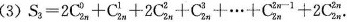
(3)$$S _ { 3 } = 2 C _ { 2n } ^ { 0 } + C _ { 2n } ^ { 1 } + 2 C _{ 2n } ^ { 2 } + C _ { 2n } ^{ 3 } + ... + C _ { 2n } ^ { 2n - 1 } + 2 C _ { 2n } ^ { 2n }$$.